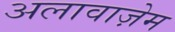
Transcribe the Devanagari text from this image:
अलावाज़ेम